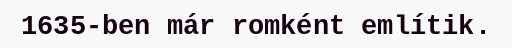
1635-ben már romként említik.